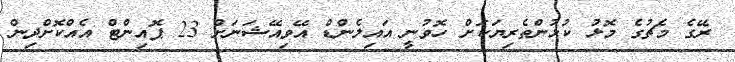
ރޭގެ މެޗުގެ މޮޅު ކުޅުންތެރިޔަކަށް ހޮވުނީ އައިލެންޑް އޭވިއޭޝަނަށް 23 ޕޮއިންޓް އެއްކޮށްދިން